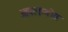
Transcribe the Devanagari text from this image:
आपस्तम्बीय